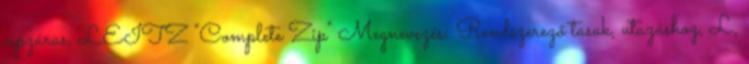
cipzáras, LEITZ "Complete Zip" Megnevezés: Rendszerező tasak, utazáshoz, L,